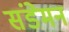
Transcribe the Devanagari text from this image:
संडेमन